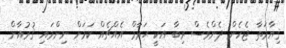
ޤިޔާމަތާ ޖެހެން ދެންވެސް ރިބާ އަކީ ޙަރާމް އެއްޗެއް ކަމަށް ނިންމައި ޤުރުއާން